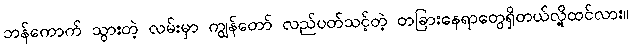
ဘန်ကောက် သွားတဲ့ လမ်းမှာ ကျွန်တော် လည်ပတ်သင့်တဲ့ တခြားနေရာတွေရှိတယ်လို့ထင်လား။